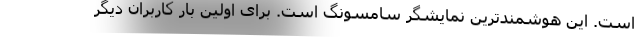
است. این هوشمندترین نمایشگر سامسونگ است. برای اولین بار کاربران دیگر